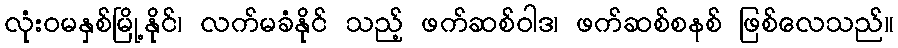
လုံးဝမနှစ်မြို့နိုင်၊ လက်မခံနိုင် သည့် ဖက်ဆစ်ဝါဒ၊ ဖက်ဆစ်စနစ် ဖြစ်လေသည်။